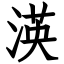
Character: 渶